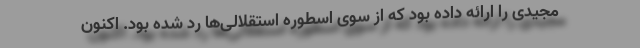
مجیدی را ارائه داده بود که از سوی اسطوره استقلالی‌ها رد شده بود. اکنون